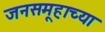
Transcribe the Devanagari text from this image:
जनसमूहाच्या